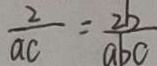
\frac { 2 } { a c } = \frac { 2 b } { a b c }